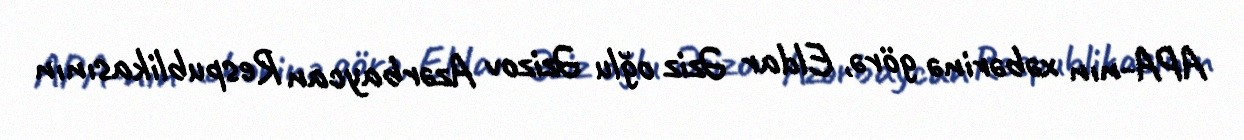
APA-nın xəbərinə görə, Eldar Əziz oğlu Əzizov Azərbaycan Respublikasının